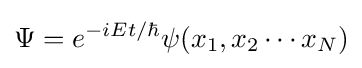
\Psi =e^{-iEt/\hbar }\psi (x_{1},x_{2}\cdots x_{N})